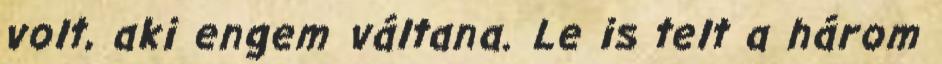
volt, aki engem váltana. Le is telt a három